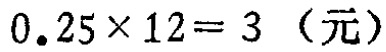
\(0.25\times 12 = 3\)（元）